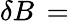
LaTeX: \delta B\, =